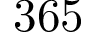
3 6 5